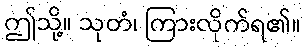
ဤသို့။ သုတံ၊ ကြားလိုက်ရ၏။